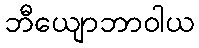
ဘီယျောဘာဝါယ